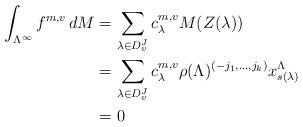
LaTeX: \begin{align*}\int_{\Lambda^\infty} f^{m,v} \, dM & = \sum_{\lambda \in D_v^J} c^{m,v}_\lambda M(Z(\lambda)) \\&= \sum_{\lambda \in D_v^J} c^{m,v}_\lambda \rho(\Lambda)^{(-j_1, \ldots, j_k)} x^\Lambda_{s(\lambda)}\\&= 0\end{align*}